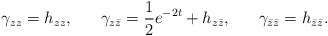
\begin{align*}\gamma_{zz} = h_{zz}, ~~~~~ \gamma_{z \bar{z}} = {1 \over 2}e^{-2 t} + h_{z \bar{z}},~~~~~ \gamma_{\bar{z} \bar{z}} = h_{\bar{z} \bar{z}}.\end{align*}